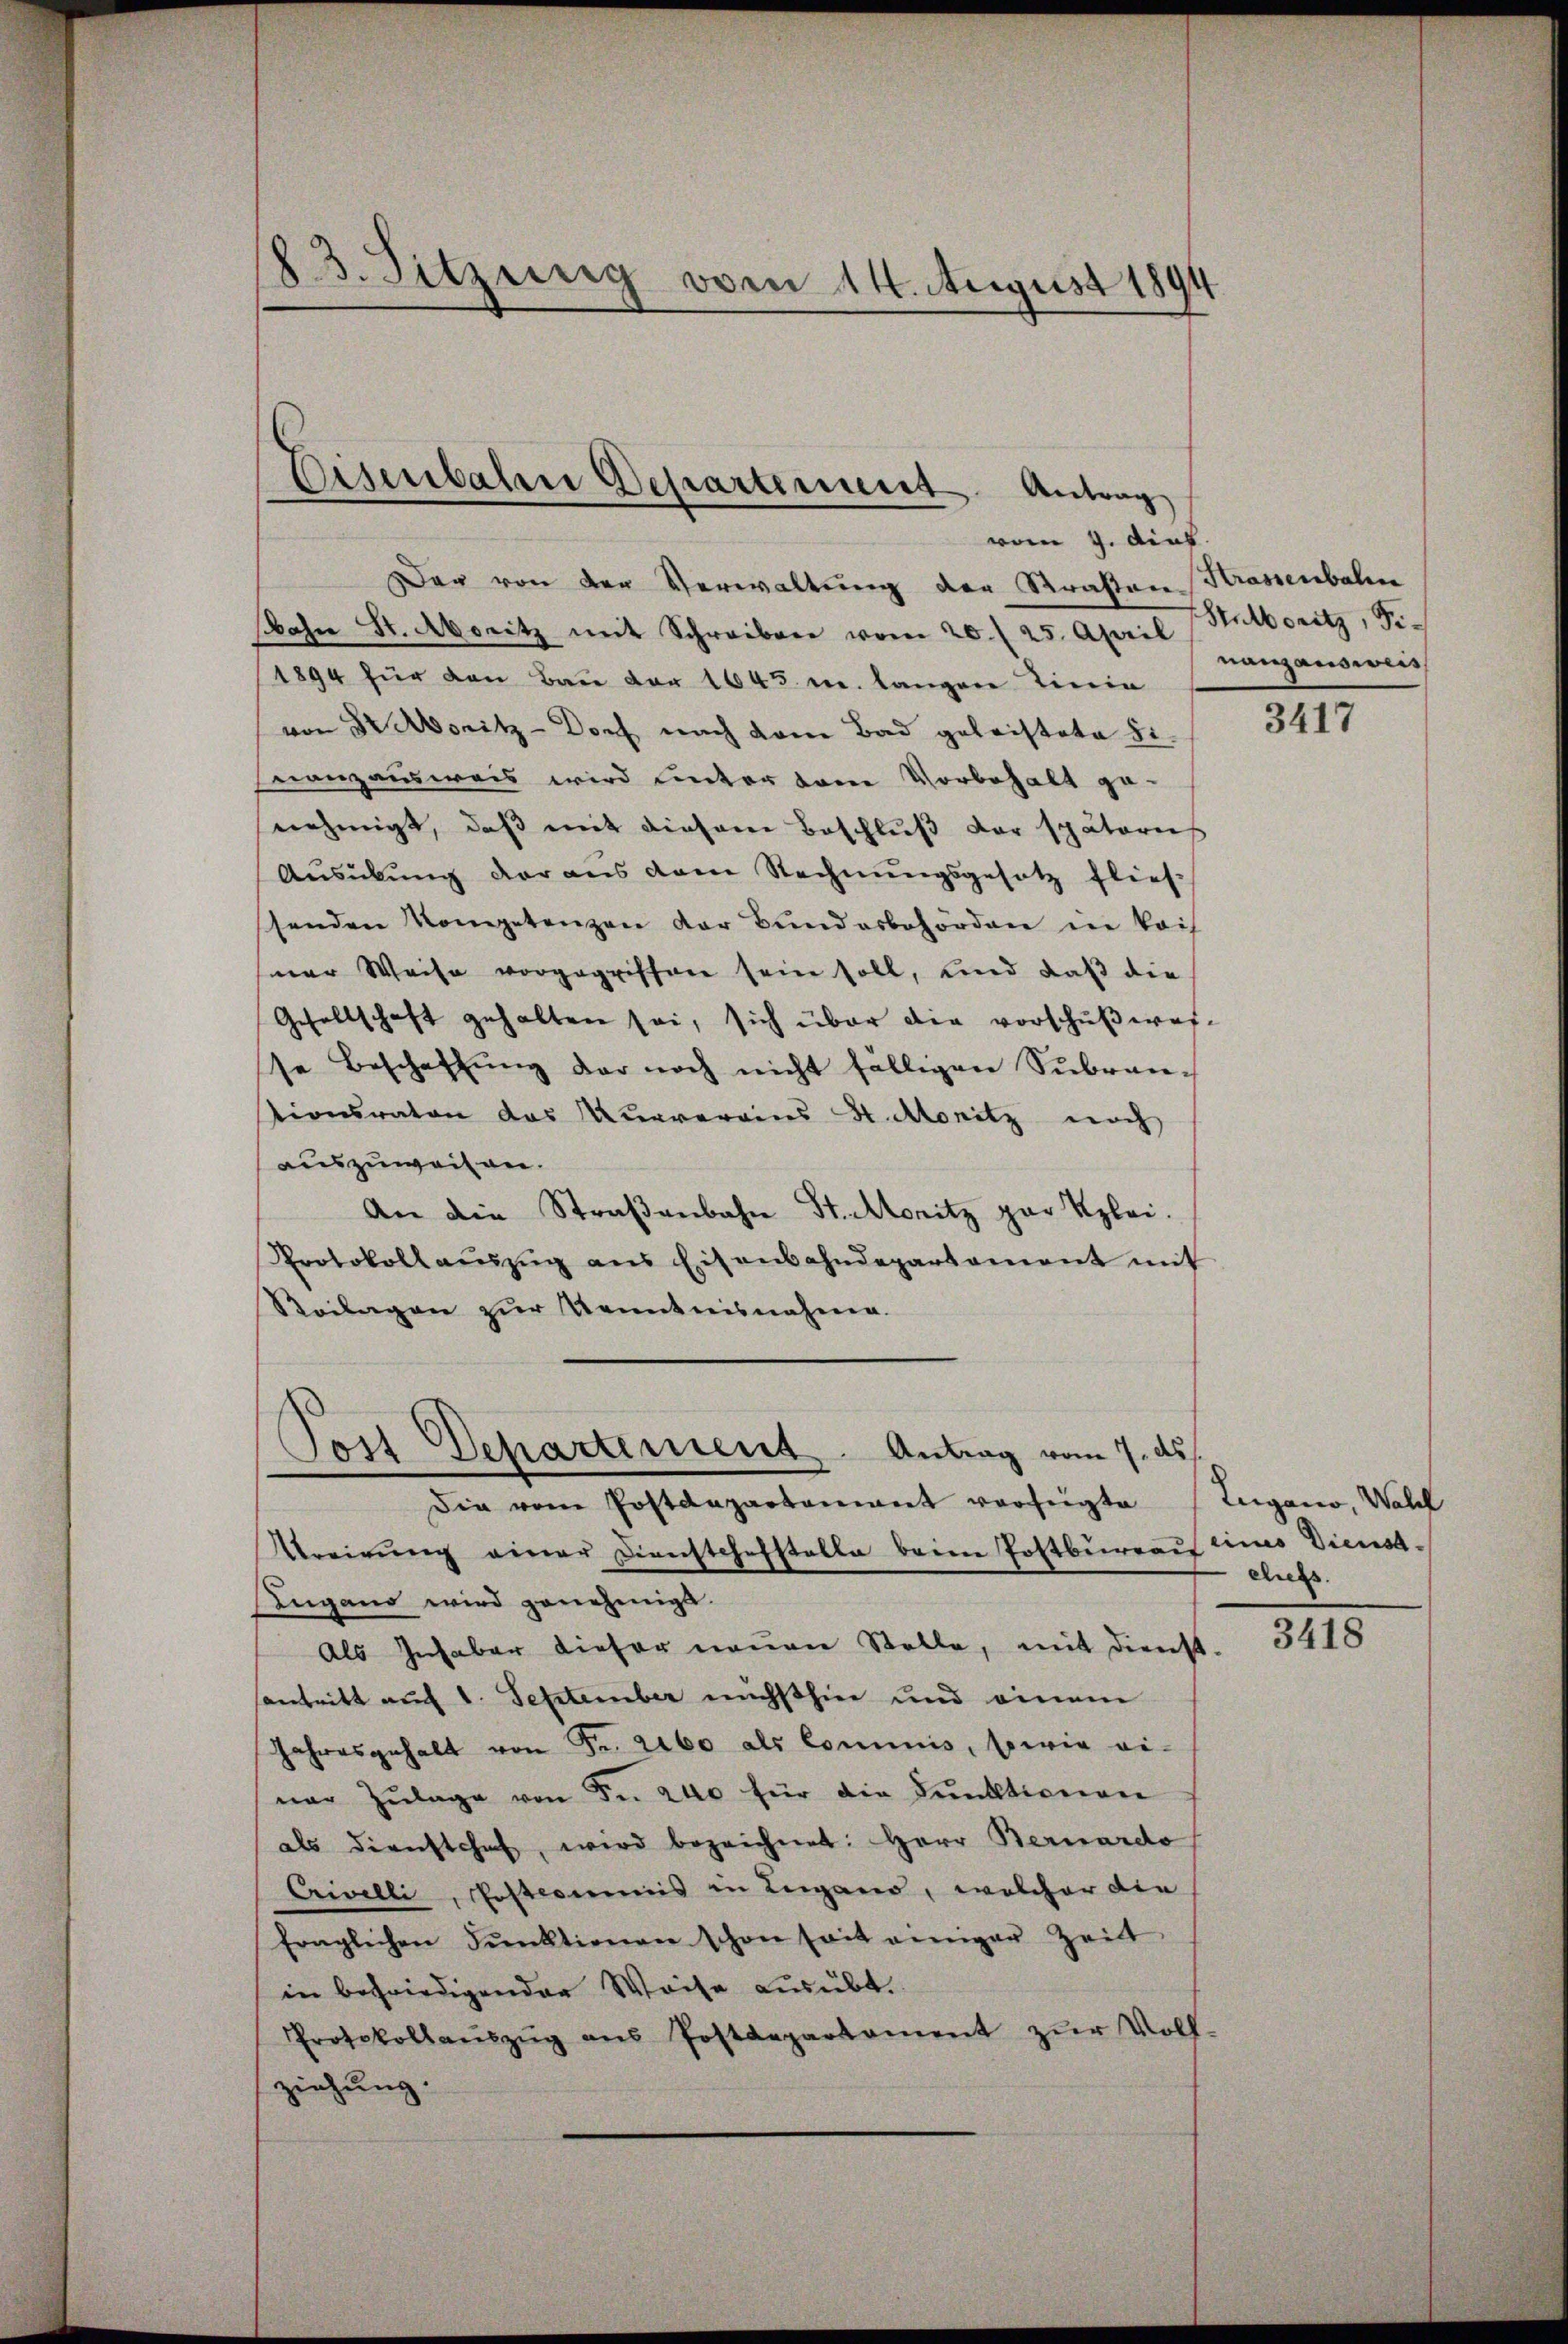
13. Sitzung vom 14. August 1894

Eisenbahre Departement Antrag

vom 9. dict
Der von der Verwaltung der Strasten Krassenbahn
bahn St. Abenitz mit Schreiben vom 20./25. April Natoritz, Fr.
1894 für den Bau vor 1645 u. langen Tinia
von Sr Moritz-Dorf nach vom Bad geleistete Si
Franzausweis wird unter den Vorbehalt ge-
nehmigt, daß mit diesem Beschluß der späteris
Aŭsübŭng der aus dem Rechnŭngsgesetz flief
stenden Kompetenzen der Bundesbehörden in kais
ner Weise vorgegriffen sein soll, und daß die
Gesellschaft gehalten sei, sich über die vorschußwar-
se Beschaffŭng der noch nicht fälligen Sŭbran-
tionsraten das Kurverains H. Monitz noch
auszuweisen.
An die Straßenbahn St. Moritz zur Klei¬
Protokollaŭszŭg ans Eisenbahndepartament mit
Reilagen zur Kenntnisnahme.
Post Departement Antrag vom 7. ds
Die vom Postdepartamant verfügte (Zugano, Wall
Worirŭng einer Dienstchefstelle beim Postbureau eines Dienst¬
Lugano wird genehmigt.
Als Inhaber dieser neuen Stelle, mit Dienst
santritt auf 1. September nächsthier und einem
Jahresgehalt von Fr. 2160 als Commis, sowie ei-
ner Zŭlage von Fr. 240 für die Funktionen
als dienstchef, wird bezeichnet: Herr Bernardo
Crivelli, Postcommis in Lugano, welcher die
fraglichen Pŭnktionen schon seit einiger Zeit
in befriedigender Weise ausübt.
Protokollaŭszŭg ans Postdepartament zŭr Voll-
ziehung.

nanzausweis

3417

cess

3418